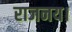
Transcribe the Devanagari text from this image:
राजनय।